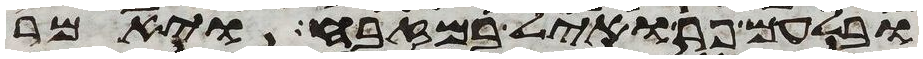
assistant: ובלעם פר ואיל במזבח ויאמר